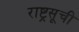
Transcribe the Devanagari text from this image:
राष्ट्रसूची